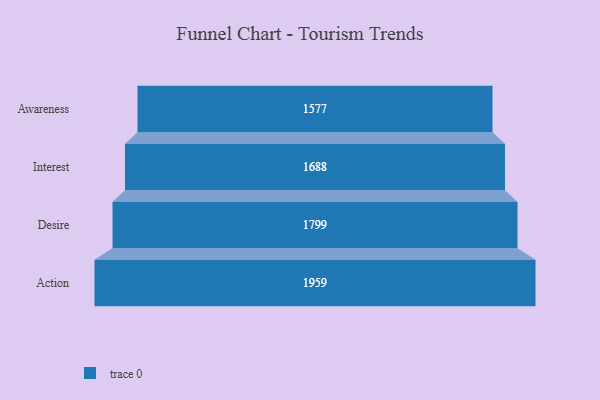
{"axis": {"x": "Stage", "y": "Value"}, "legend": [""], "data": [{"x": "Awareness", "y": 1577.0, "type": ""}, {"x": "Interest", "y": 1688.0, "type": ""}, {"x": "Desire", "y": 1799.0, "type": ""}, {"x": "Action", "y": 1959.0, "type": ""}]}